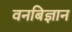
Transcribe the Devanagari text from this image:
वनबिज्ञान